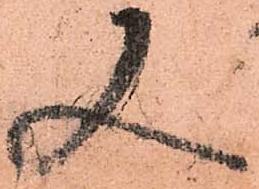
又